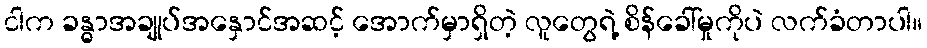
ငါက ခန္ဓာအချုပ်အနှောင်အဆင့် အောက်မှာရှိတဲ့ လူတွေရဲ့ စိန်ခေါ်မှုကိုပဲ လက်ခံတာပါ။